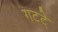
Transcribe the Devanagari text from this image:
गटटे्